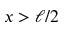
x > \ell / 2